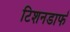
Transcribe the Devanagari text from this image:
टिशनडार्फ